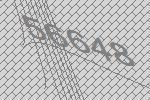
56648